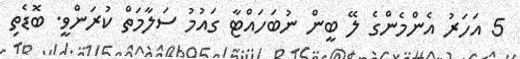
5 އަހަރު އެންމެންގެ ލޭ ބީން ނުބަހައްޓާ ގައުމު ސަލާމަތް ކުރަންވީ. ބޮޑެތި